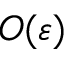
O ( \varepsilon )